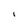
Character: i